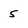
Character: 5